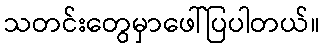
သတင်းတွေမှာဖေါ်ပြပါတယ်။